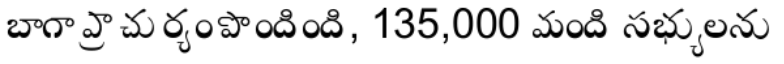
బాగా ప్రాచుర్యం పొందింది, 135,000 మంది సభ్యులను